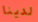
لدينا